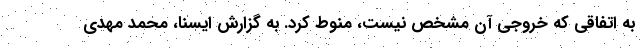
به اتفاقی که خروجی آن مشخص نیست، منوط کرد. به گزارش ایسنا، محمد مهدی